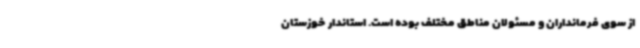
از سوی فرمانداران و مسئولان مناطق مختلف بوده است. استاندار خوزستان